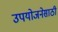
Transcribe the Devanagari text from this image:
उपयोजनेसाठी